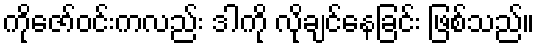
ကိုဇော်ဝင်းကလည်း ဒါကို လိုချင်နေခြင်း ဖြစ်သည်။